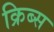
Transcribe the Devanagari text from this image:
क्रिब्स